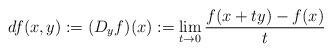
LaTeX: \begin{align*}df(x,y):=(D_yf)(x):=\lim_{t\to 0}\frac{f(x+ty)-f(x)}{t}\end{align*}